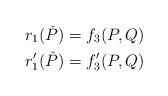
LaTeX: \begin{align*} r_1(\check P)&=f_3(P,Q)\\ r'_1(\check P)&=f'_3(P,Q)\end{align*}